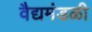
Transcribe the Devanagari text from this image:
वैद्यमंडळी